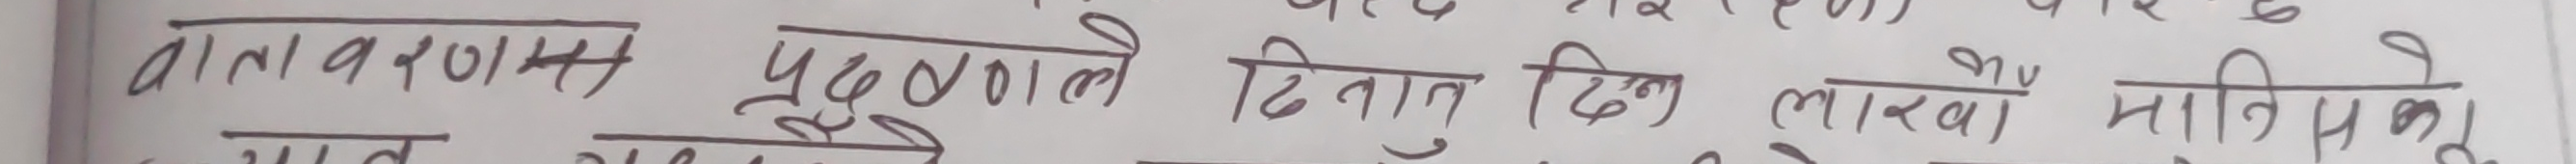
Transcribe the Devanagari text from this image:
वातावरण प्रदूषण दिनादिन लाखौं मानिसहरु